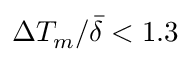
\Delta T _ { m } / \bar { \delta } < 1 . 3